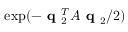
\exp ( - \textbf { q } _ { 2 } ^ { T } A \textbf { q } _ { 2 } / 2 )